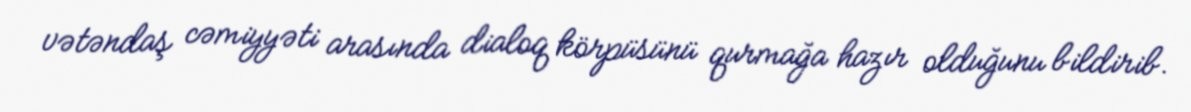
vətəndaş cəmiyyəti arasında dialoq körpüsünü qurmağa hazır olduğunu bildirib.